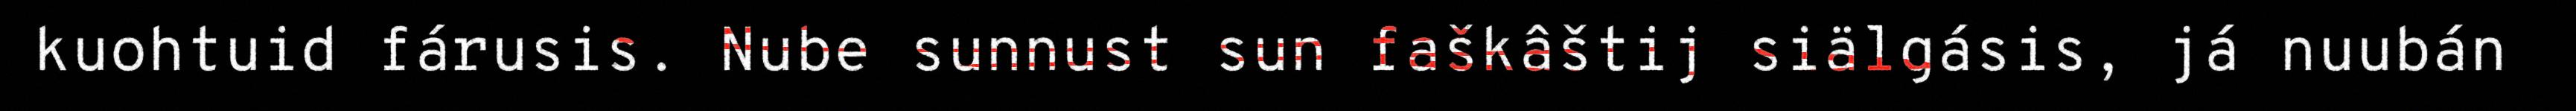
kuohtuid fárusis. Nube sunnust sun faškâštij siälgásis, já nuubán